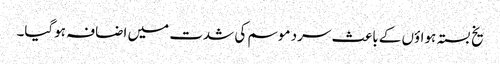
یخ بستہ ہواؤں کے باعث سرد موسم کی شدت میں اضافہ ہوگیا۔